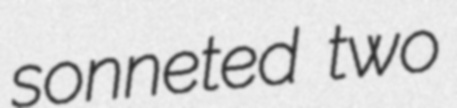
sonneted two